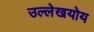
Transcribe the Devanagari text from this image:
उल्लेखयोय